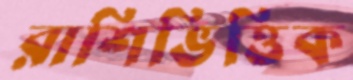
রাশিভিত্তিক